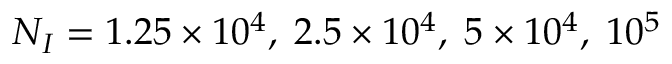
N _ { I } = 1 . 2 5 \times 1 0 ^ { 4 } , \; 2 . 5 \times 1 0 ^ { 4 } , \; 5 \times 1 0 ^ { 4 } , \; 1 0 ^ { 5 }